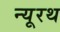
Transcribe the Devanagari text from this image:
न्यूरथ